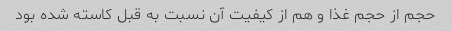
حجم از حجم غذا و هم از کیفیت آن نسبت به قبل کاسته شده بود